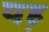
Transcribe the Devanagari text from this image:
यह़